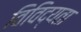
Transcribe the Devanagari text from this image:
विविद्यता